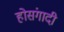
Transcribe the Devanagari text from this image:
होसंगादी